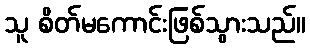
သူ စိတ်မကောင်းဖြစ်သွားသည်။